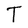
Character: T